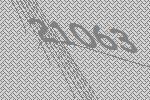
21063